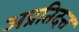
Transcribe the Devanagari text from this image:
अप्रतिदत्त